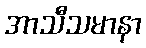
အာသီသမာနာ